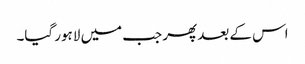
اس کے بعد پھر جب میں لاہور گیا۔